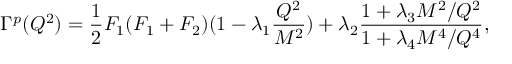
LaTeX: \Gamma ^ { p } ( Q ^ { 2 } ) = { \frac { 1 } { 2 } } F _ { 1 } ( F _ { 1 } + F _ { 2 } ) ( 1 - \lambda _ { 1 } { \frac { Q ^ { 2 } } { M ^ { 2 } } } ) + \lambda _ { 2 } { \frac { 1 + \lambda _ { 3 } M ^ { 2 } / Q ^ { 2 } } { 1 + \lambda _ { 4 } M ^ { 4 } / Q ^ { 4 } } } ,